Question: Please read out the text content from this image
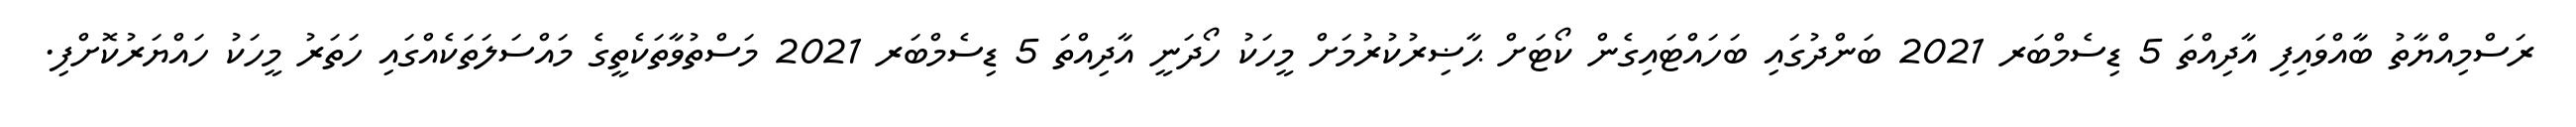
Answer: ރަސްމިއްޔާތު ބާއްވައިފި އާދިއްތަ 5 ޑިސެމްބަރ 2021 ބަންދުގައި ބަހައްޓައިގެން ކޯޓަށް ޙާޟިރުކުރުމަށް މީހަކު ހޯދަނީ އާދިއްތަ 5 ޑިސެމްބަރ 2021 މަސްތުވާތަކެތީގެ މައްސަލަތަކެއްގައި ހަތަރު މީހަކު ހައްޔަރުކޮށްފި.